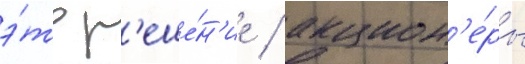
э́то р'еше́н'ие / акцион'е́ры